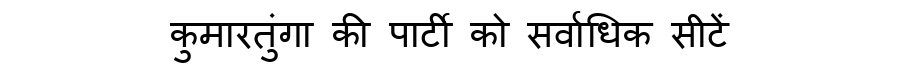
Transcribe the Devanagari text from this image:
कुमारतुंगा की पार्टी को सर्वाधिक सीटें